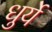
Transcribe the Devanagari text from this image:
धुर्ये